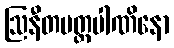
ဩနီတပတ္တပါဏိနော